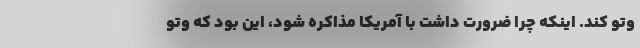
وتو کند. اینکه چرا ضرورت داشت با آمریکا مذاکره شود، این بود که وتو